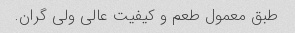
طبق معمول طعم و کیفیت عالی ولی گران.